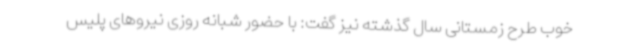
خوب طرح زمستانی سال گذشته نیز گفت: با حضور شبانه روزی نیروهای پلیس